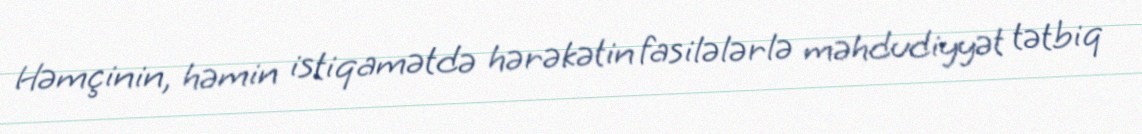
Həmçinin, həmin istiqamətdə hərəkətin fasilələrlə məhdudiyyət tətbiq